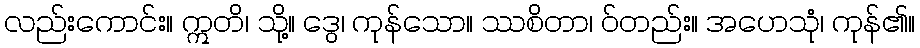
လည်းကောင်း။ ဣတိ၊ သို့။ ဒွေ၊ ကုန်သော။ ဿစိတာ၊ ဝ်တည်း။ အဟေသုံ၊ ကုန်၏။